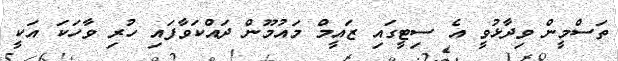
ތަސްމީން ވިދާޅުވީ އެ ސިޓީގައި ޒައީމް މައުމޫން ދައްކަވާފައި ހުރި ވާހަކަ އަކީ